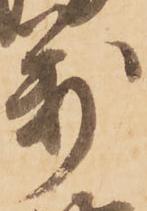
萬